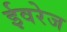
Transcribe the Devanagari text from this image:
ईवरेज